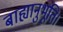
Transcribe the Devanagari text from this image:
बाह्यानुभूति।